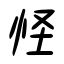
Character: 怪